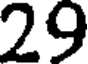
29